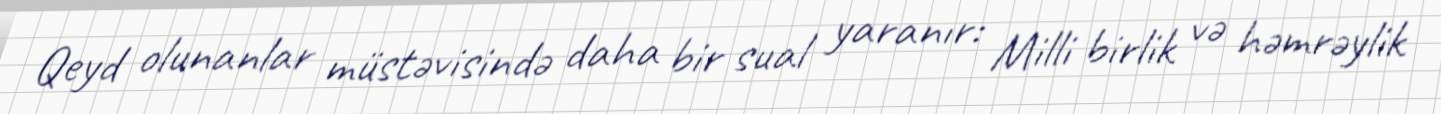
Qeyd olunanlar müstəvisində daha bir sual yaranır: Milli birlik və həmrəylik